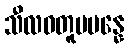
သီလဝတူပပန္နေ